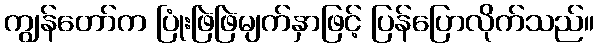
ကျွန်တော်က ပြုံးဖြဲဖြဲမျက်နှာဖြင့် ပြန်ပြောလိုက်သည်။